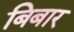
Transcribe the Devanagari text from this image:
बिबार